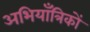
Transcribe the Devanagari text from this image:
अभियाँत्रिकों